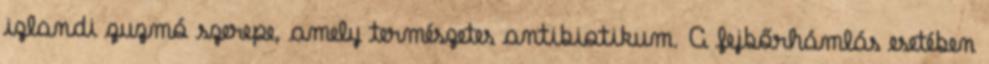
izlandi zuzmó szerepe, amely természetes antibiotikum. A fejbőrhámlás esetében